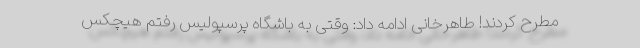
مطرح کردند! طاهرخانی ادامه داد: وقتی به باشگاه پرسپولیس رفتم هیچکس